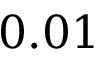
0 . 0 1